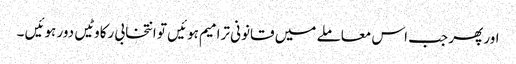
اور پھر جب اس معاملے میں قانونی ترامیم ہوئیں تو انتخابی رکاوٹیں دور ہوئیں ۔